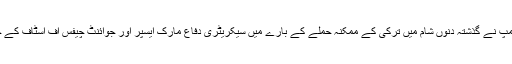
جوناتھن ہوفمین نے کہا کہ صدر ڈونالڈ ٹرمپ نے گذشتہ دنوں شام میں ترکی کے ممکنہ حملے کے بارے میں سیکریٹری دفاع مارک ایسپر اور جوائنٹ چیفس آف اسٹاف کے چیئرمین مارک ملی سے مشاورت کی ہے۔